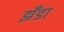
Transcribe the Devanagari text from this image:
झँडा